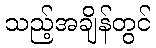
သည့်အချိန်တွင်